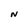
Character: N